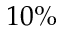
1 0 \%